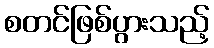
စတင်ဖြစ်ပွားသည့်